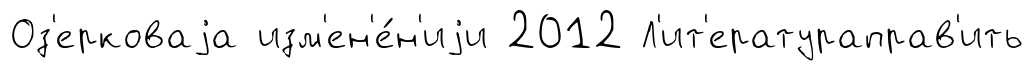
Оз'ерковаjа изм'ен'е́н'иjи 2012 Л'ит'ератураправ'ить